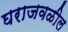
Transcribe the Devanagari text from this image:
घराजवळील